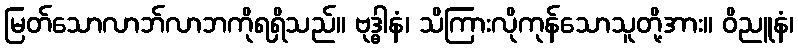
မြတ်သောလာဘ်လာဘကိုရရှိသည်။ ဗုဒ္ဓါနံ၊ သိကြားလိုကုန်သောသူတို့အား။ ဝိညူနံ၊